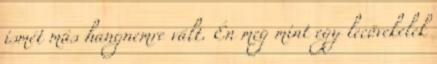
ismét más hangnemre vált. Én meg mint egy lecövekelek